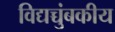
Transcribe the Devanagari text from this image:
विद्यच्चुंबकीय